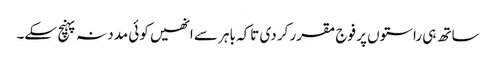
ساتھ ہی راستوں پر فوج مقرر کر دی تاکہ باہر سے انھیں کوئی مدد نہ پہنچ سکے۔